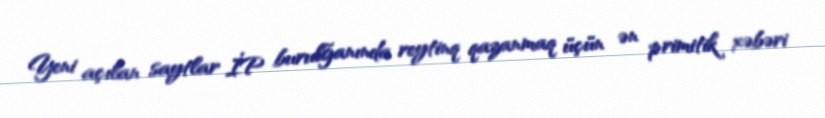
Yeni açılan saytlar İP burulğanında reytinq qazanmaq üçün ən primitik xəbəri